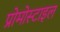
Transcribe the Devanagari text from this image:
प्रोमोस्टाइल